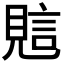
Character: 𧠻